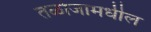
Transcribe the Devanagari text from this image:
तळोजामधील